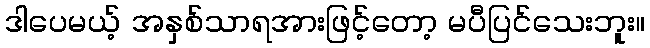
ဒါပေမယ့် အနှစ်သာရအားဖြင့်တော့ မပီပြင်သေးဘူး။